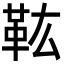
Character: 𩉦